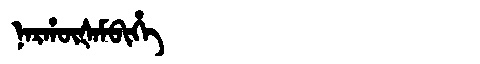
Manchu: ᠨᠠᡵᡥᡡᡧᠠᠮᠪᡳᡥᡝ
Romanization: NARHŪŠAMBIHE